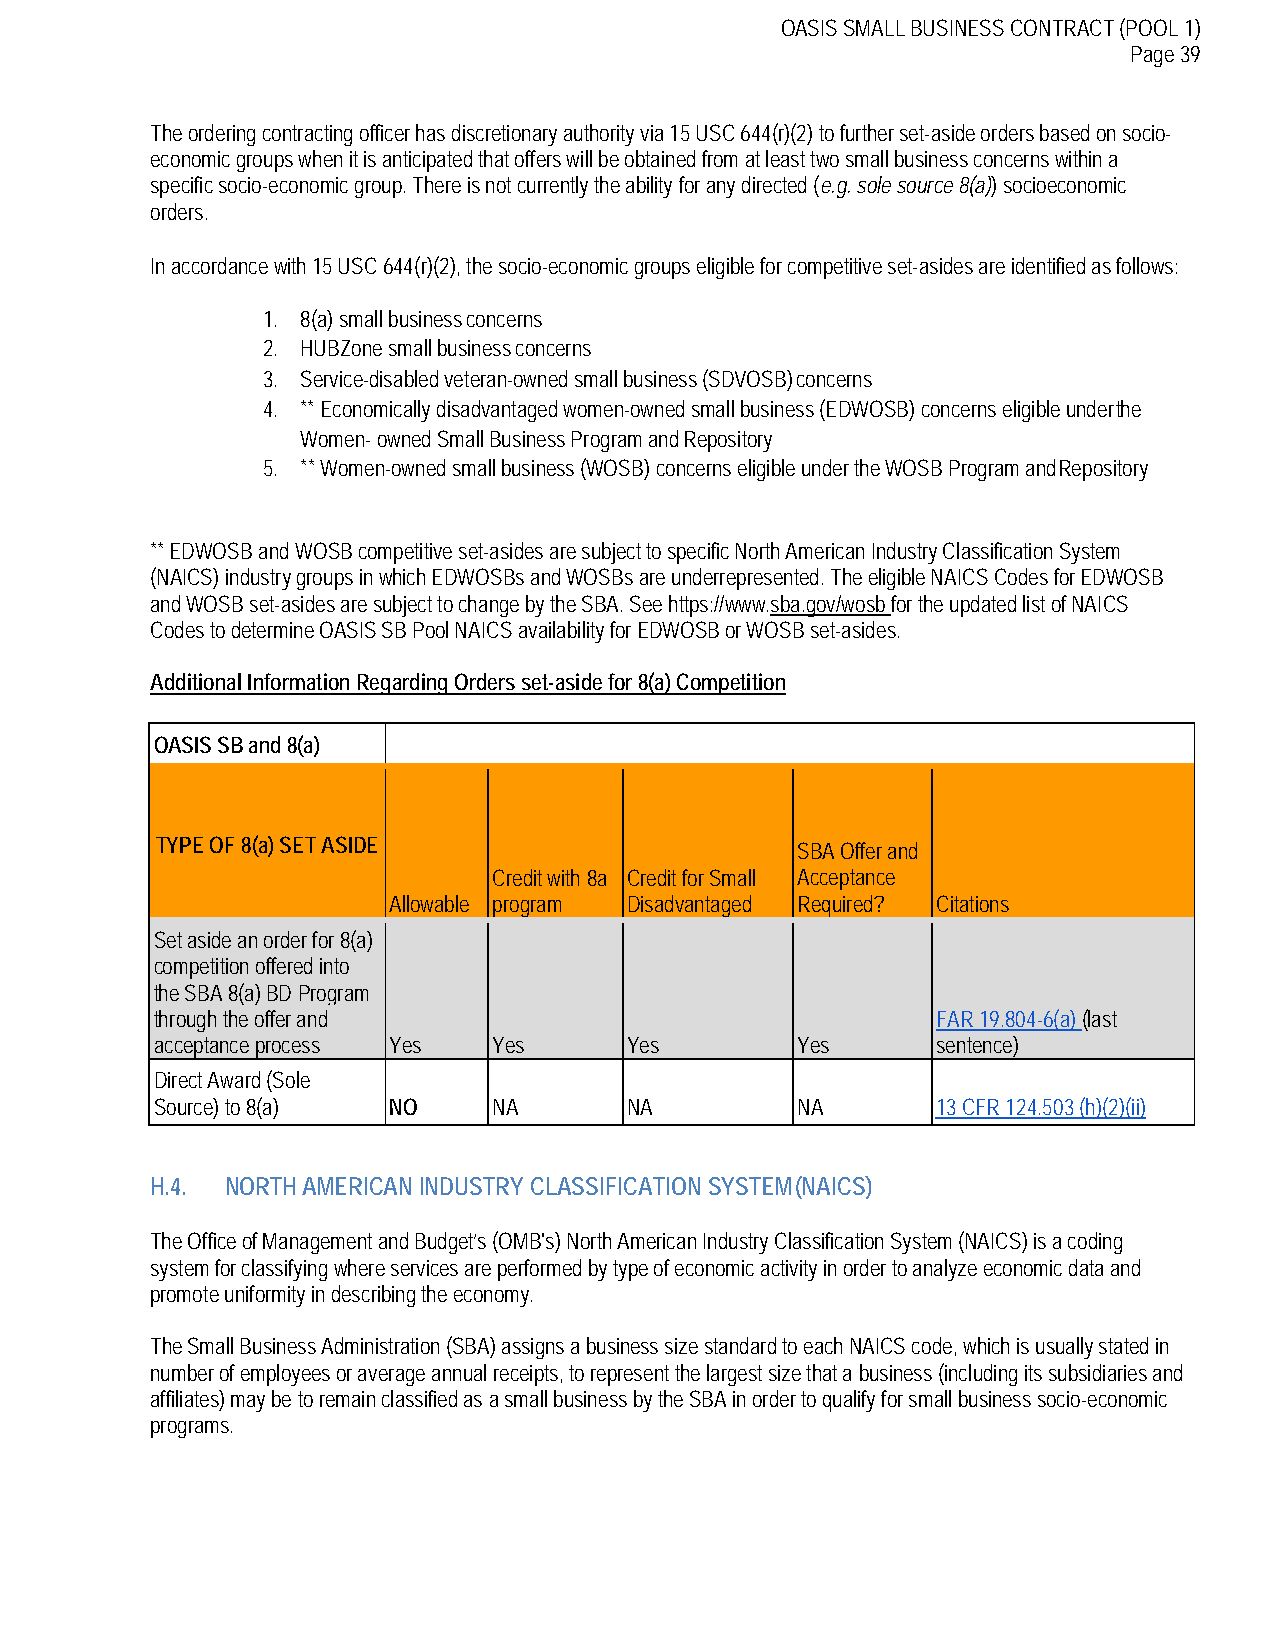
OASIS SMALL BUSINESS CONTRACT (POOL 1)
 Page 39
 The ordering contracting officer has discretionary authority via 15 USC 644(r)(2) to further set-aside orders based on socio-
 economic groups when it is anticipated that offers will be obtained from at least two small business concerns within a
 specific socio-economic group. There is not currently the ability for any directed (e.g. sole source 8(a)) socioeconomic
 orders.
 In accordance with 15 USC 644(r)(2), the socio-economic groups eligible for competitive set-asides are identified as follows:
 1. 8(a) small business concerns
 2. HUBZone small business concerns
 3. Service-disabled veteran-owned small business (SDVOSB) concerns
 4. ** Economically disadvantaged women-owned small business (EDWOSB) concerns eligible under the
 Women- owned Small Business Program and Repository
 5. ** Women-owned small business (WOSB) concerns eligible under the WOSB Program and Repository
 ** EDWOSB and WOSB competitive set-asides are subject to specific North American Industry Classification System
 (NAICS) industry groups in which EDWOSBs and WOSBs are underrepresented. The eligible NAICS Codes for EDWOSB
 and WOSB set-asides are subject to change by the SBA. See https://www.sba.gov/wosb for the updated list of NAICS
 Codes to determine OASIS SB Pool NAICS availability for EDWOSB or WOSB set-asides.
 Additional Information Regarding Orders set-aside for 8(a) Competition
 OASIS SB and 8(a)
 TYPE OF 8(a) SET ASIDE                     SBA Offer and
 Credit with 8a Credit for Small Acceptance
 Allowable program Disadvantaged Required? Citations
 Set aside an order for 8(a)
 competition offered into
 the SBA 8(a) BD Program
 through the offer and                               FAR 19.804-6(a) (last
 acceptance process Yes Yes     Yes         Yes      sentence)
 Direct Award (Sole
 Source) to 8(a) NO     NA      NA          NA       13 CFR 124.503 (h)(2)(ii)
 H.4. NORTH AMERICAN INDUSTRY CLASSIFICATION SYSTEM (NAICS)
 The Office of Management and Budget’s (OMB's) North American Industry Classification System (NAICS) is a coding
 system for classifying where services are performed by type of economic activity in order to analyze economic data and
 promote uniformity in describing the economy.
 The Small Business Administration (SBA) assigns a business size standard to each NAICS code, which is usually stated in
 number of employees or average annual receipts, to represent the largest size that a business (including its subsidiaries and
 affiliates) may be to remain classified as a small business by the SBA in order to qualify for small business socio-economic
 programs.